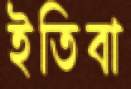
ইতিবা